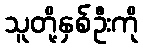
သူတို့နှစ်ဦးကို